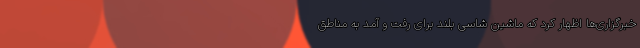
خبرگزاری‌ها اظهار کرد که ماشین شاسی بلند برای رفت و آمد به مناطق